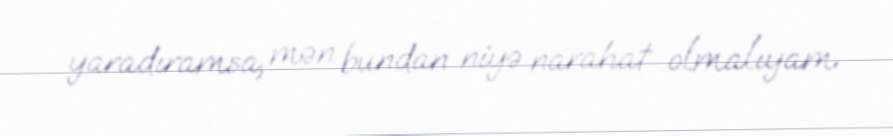
yaradıramsa, mən bundan niyə narahat olmalıyam.